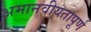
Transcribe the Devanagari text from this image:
अमानवीयतापूर्ण